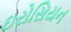
ઇરોસિયન